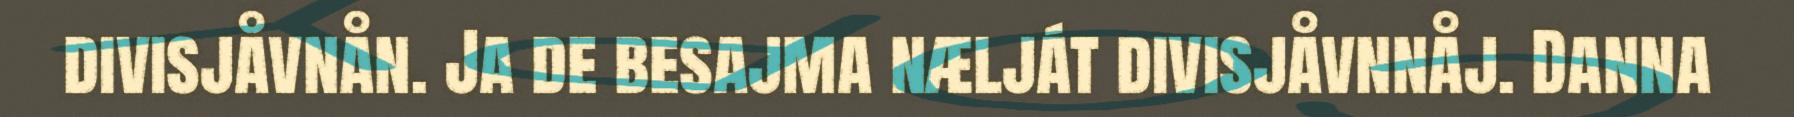
divisjåvnån. Ja de besajma nælját divisjåvnnåj. Danna